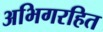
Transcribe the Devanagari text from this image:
अभिगरहित